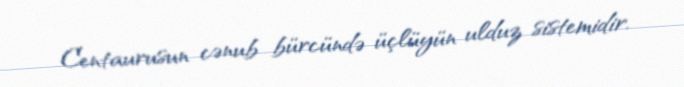
Centaurusun cənub bürcündə üçlüyün ulduz sistemidir.